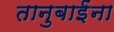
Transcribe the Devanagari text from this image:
तानुबाईंना